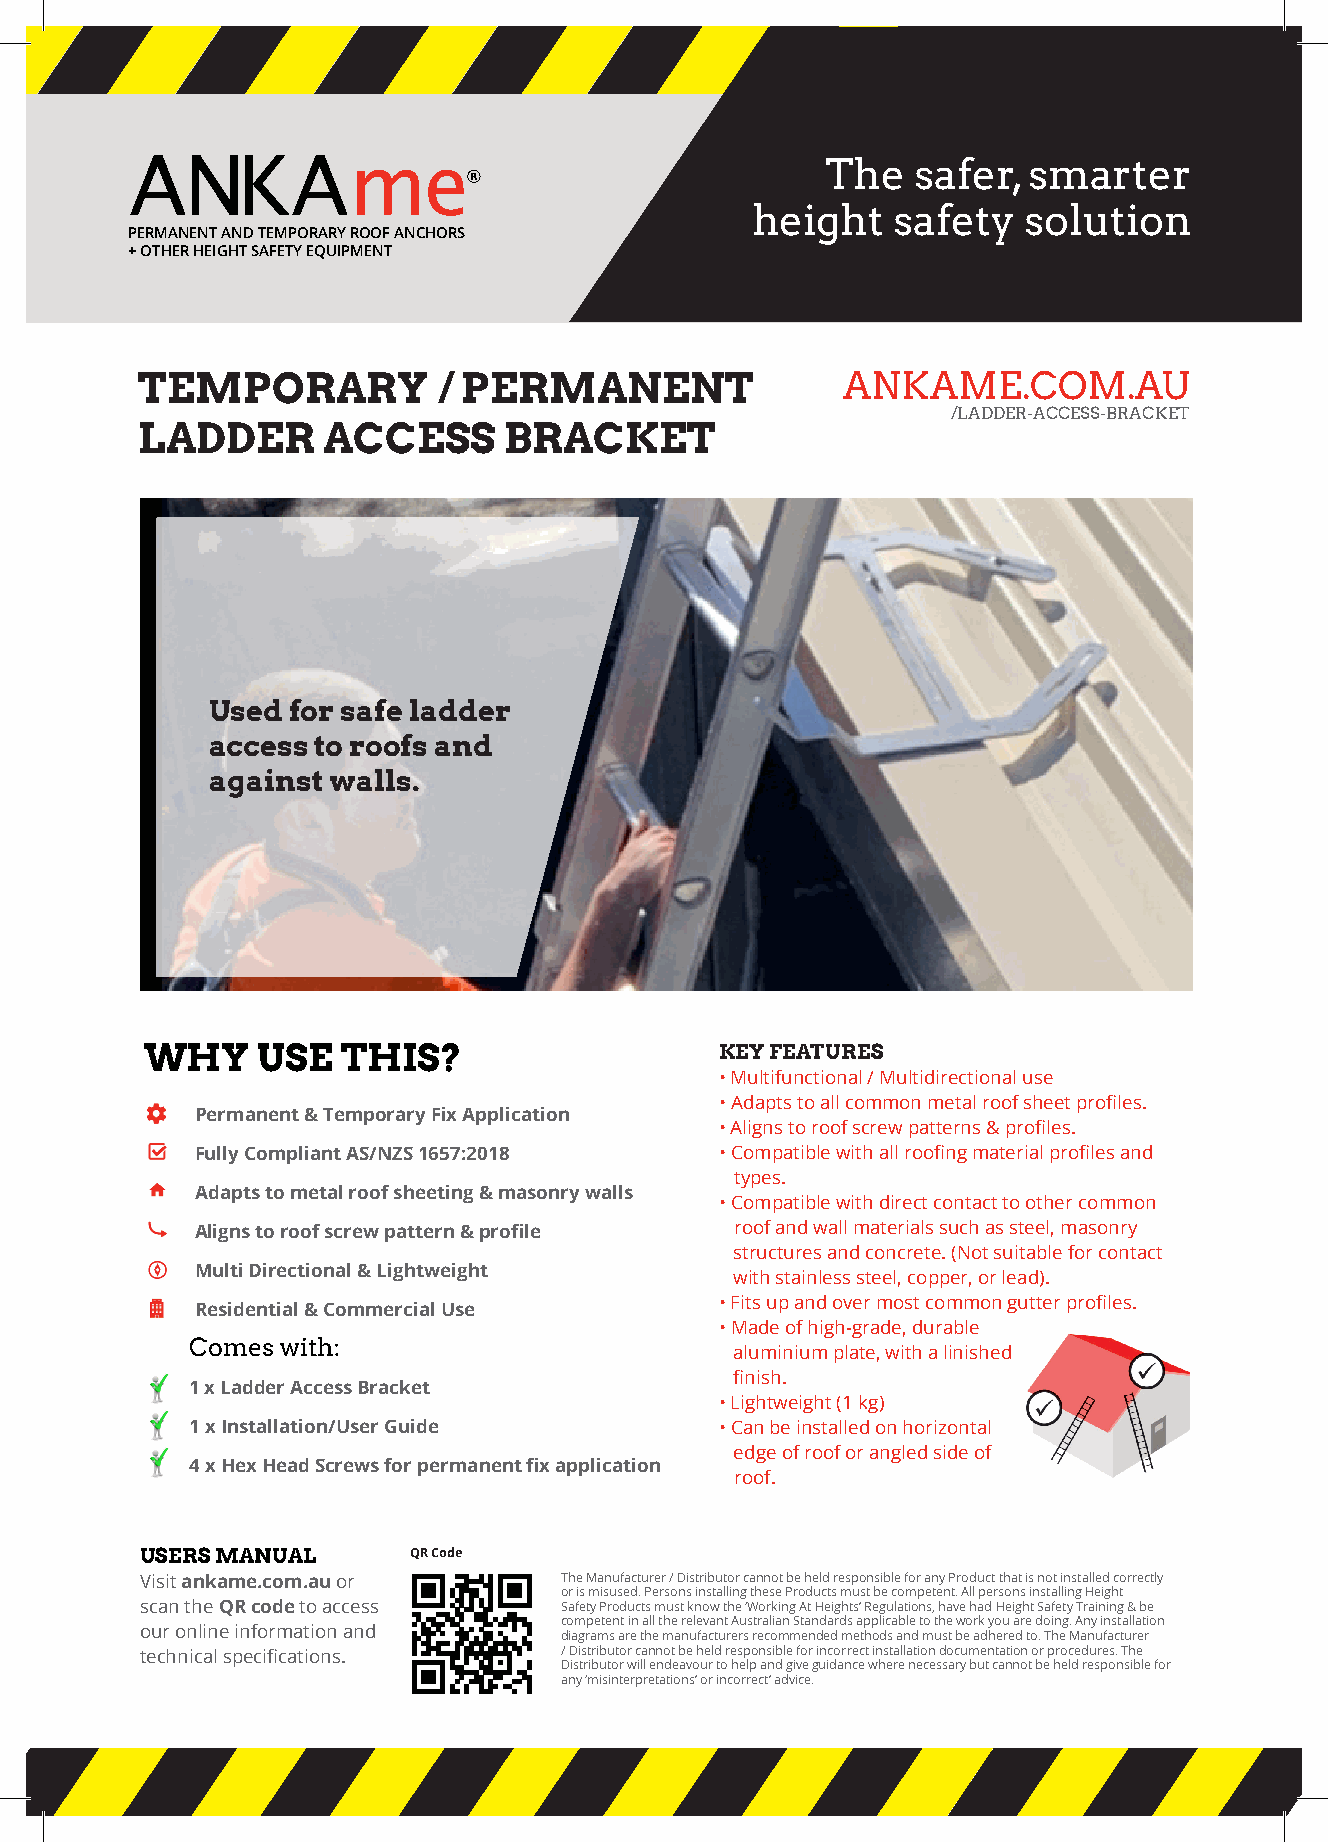
The   safer, smarter
 height   safety   solution
 PERMANENT AND TEMPORARY ROOF ANCHORS
 + OTHER HEIGHT SAFETY EQUIPMENT
 TEMPORARY           / PERMANENT                ANKAME.COM.AU
 /LADDER-ACCESS-BRACKET
 LADDER      ACCESS      BRACKET
 Used for safe ladder
 access to roofs and
 against walls.
 WHY    USE   THIS?                    KEY FEATURES
 • Multifunctional / Multidirectional use
 • Adapts to all common metal roof sheet profiles.
 Permanent & Temporary Fix Application
 • Aligns to roof screw patterns & profiles.
 Fully Compliant AS/NZS 1657:2018   • Compatible with all roofing material profiles and
 types.
 Adapts to metal roof sheeting & masonry walls
 • Compatible with direct contact to other common
 Aligns to roof screw pattern & profile roof and wall materials such as steel, masonry
 structures and concrete. (Not suitable for contact
 M ulti Directional & Lightweight    with stainless steel, copper, or lead).
 • Fits up and over most common gutter profiles.
 Residential & Commercial Use
 • Made of high-grade, durable
 Comes with:
 aluminium plate, with a linished
 finish.
 1 x Ladder Access Bracket
 • Lightweight (1 kg)
 1 x Installation/User Guide        • Can be installed on horizontal
 edge of roof or angled side of
 4 x Hex Head Screws for permanent fix application
 roof.
 USERS MANUAL      QR Code
 Visit ankame.com.au or      The Manufacturer / Distributor cannot be held responsible for any Product that is not installed correctly
 or is misused. Persons installing these Products must be competent. All persons installing Height
 scan the QR code to access  Safety Products must know the ‘Working At Heights’ Regulations, have had Height Safety Training & be
 competent in all the relevant Australian Standards applicable to the work you are doing. Any installation
 our online information and
 diagrams are the manufacturers recommended methods and must be adhered to. The Manufacturer
 technical specifications.   / Distributor cannot be held responsible for incorrect installation documentation or procedures. The
 Distributor will endeavour to help and give guidance where necessary but cannot be held responsible for
 any ‘misinterpretations’ or incorrect’ advice.